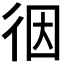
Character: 𢓨